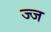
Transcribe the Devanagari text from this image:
ज्ज